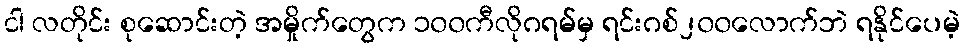
ငါ လတိုင်း စုဆောင်းတဲ့ အမှိုက်တွေက ၁၀၀ကီလိုဂရမ်မှ ရင်းဂစ်၂၀၀လောက်ဘဲ ရနိုင်ပေမဲ့